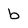
Character: b